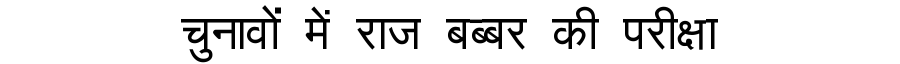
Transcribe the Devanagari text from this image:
चुनावों में राज बब्बर की परीक्षा